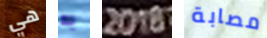
هي به 2018 مصابة